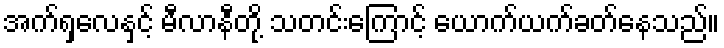
အက်ရှလေနှင့် မီလာနီတို့ သတင်းကြောင့် ယောက်ယက်ခတ်နေသည်။